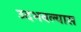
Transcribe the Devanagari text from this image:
उदभवल्यास